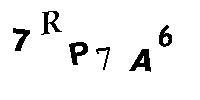
7RP7A6